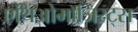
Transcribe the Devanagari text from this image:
एथिओमॉजिस्ट्स